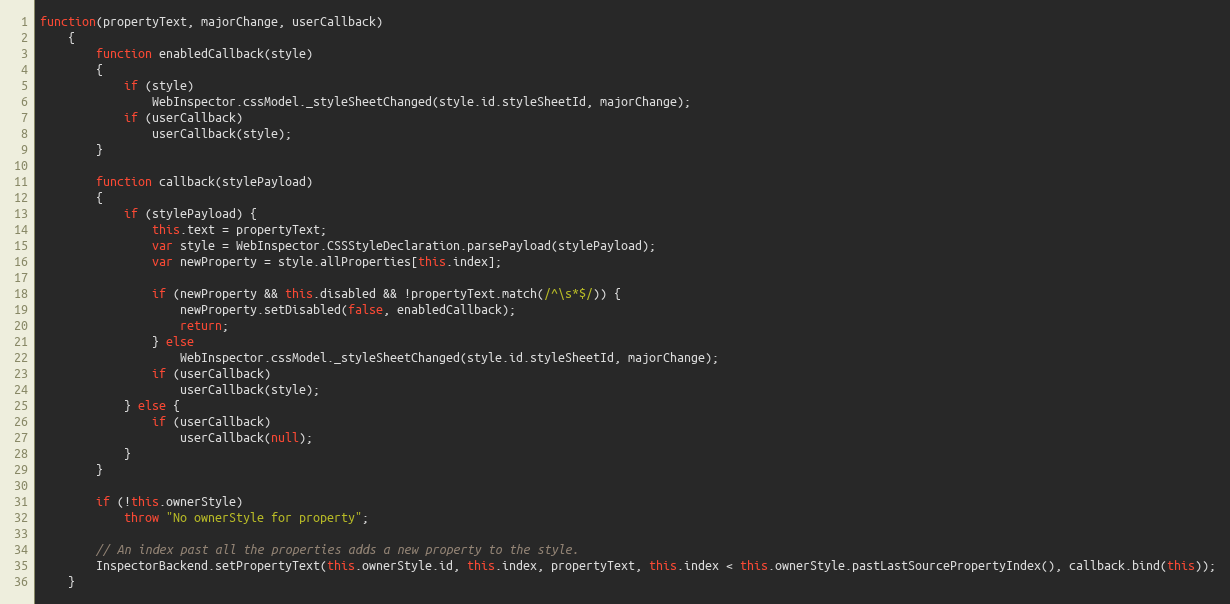
Language: JavaScript
function(propertyText, majorChange, userCallback)
    {
        function enabledCallback(style)
        {
            if (style)
                WebInspector.cssModel._styleSheetChanged(style.id.styleSheetId, majorChange);
            if (userCallback)
                userCallback(style);
        }

        function callback(stylePayload)
        {
            if (stylePayload) {
                this.text = propertyText;
                var style = WebInspector.CSSStyleDeclaration.parsePayload(stylePayload);
                var newProperty = style.allProperties[this.index];

                if (newProperty && this.disabled && !propertyText.match(/^\s*$/)) {
                    newProperty.setDisabled(false, enabledCallback);
                    return;
                } else
                    WebInspector.cssModel._styleSheetChanged(style.id.styleSheetId, majorChange);
                if (userCallback)
                    userCallback(style);
            } else {
                if (userCallback)
                    userCallback(null);
            }
        }

        if (!this.ownerStyle)
            throw "No ownerStyle for property";

        // An index past all the properties adds a new property to the style.
        InspectorBackend.setPropertyText(this.ownerStyle.id, this.index, propertyText, this.index < this.ownerStyle.pastLastSourcePropertyIndex(), callback.bind(this));
    }